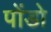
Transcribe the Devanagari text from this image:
पोंडो